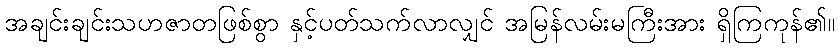
အချင်းချင်းသဟဇာတဖြစ်စွာ နှင့်ပတ်သက်လာလျှင် အမြန်လမ်းမကြီးအား ရှိကြကုန်၏။